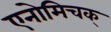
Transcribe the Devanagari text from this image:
एनोमिचक्